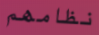
نظامهم